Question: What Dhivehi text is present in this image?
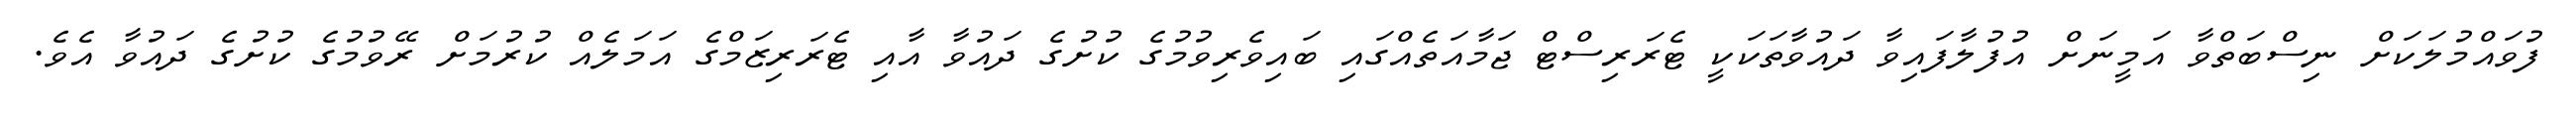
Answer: ފުވައްމުލަކަށް ނިސްބަތްވާ އަމީނަށް އުފުލާފައިވާ ދައުވާތަކަކީ ޓެރަރިސްޓް ޖަމާއަތެއްގައި ބައިވެރިވުމުގެ ކުށުގެ ދައުވާ އާއި ޓެރަރިޒަމްގެ އަމަލެއް ކުރުމަށް ރޭވުމުގެ ކުށުގެ ދައުވާ އެވެ.